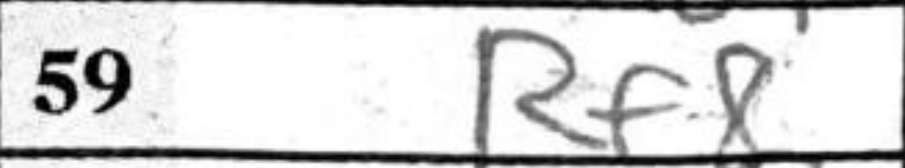
Transcription: Rf8